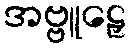
အဗ္ဗူဠှေ